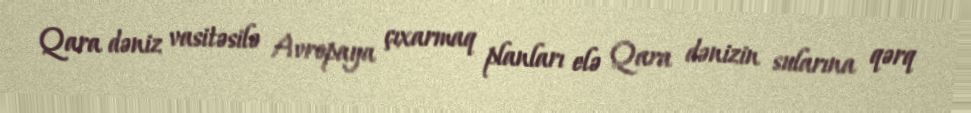
Qara dəniz vasitəsilə Avropaya çıxarmaq planları elə Qara dənizin sularına qərq